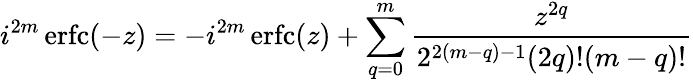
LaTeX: i^{2m}\operatorname{erfc}(-z)=-i^{2m}\operatorname{erfc}(z)+\sum_{q=0}^{m}{\frac{z^{2q}}{2^{2(m-q)-1}(2q)!(m-q)!}}